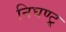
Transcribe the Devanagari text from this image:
निघण्टू